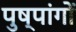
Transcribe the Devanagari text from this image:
पुष्पांगों